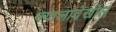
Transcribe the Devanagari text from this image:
ज्यालादेखील